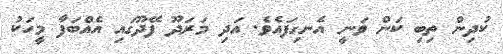
ކުދިން ތިބި ކަން ވަނީ އެނގިފައެވެ. އަދި މަރަދޫ ފޭދޫގައި އެއްބަފާ މީހަކު